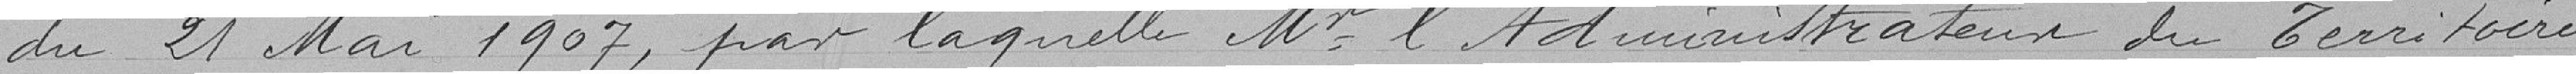
du 21 mai 1907, par laquelle M. l'Administrateur du Territoire,